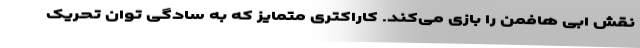
نقش ابی هافمن را بازی می‌کند. کاراکتری متمایز که به سادگی توان تحریک